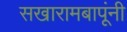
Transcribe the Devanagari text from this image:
सखारामबापूंनी